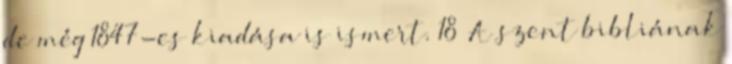
de még 1847-es kiadása is ismert. 18 A szent bibliának